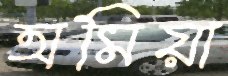
অমিয়া